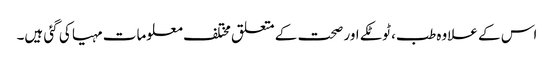
اس کے علاوہ طب، ٹوٹکے اور صحت کے متعلق مختلف معلومات مہیا کی گئی ہیں۔